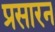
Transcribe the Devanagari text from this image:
प्रसारन